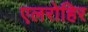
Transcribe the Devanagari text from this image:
एलरोहिर